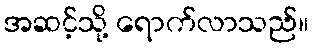
အဆင့်သို့ ရောက်လာသည်။